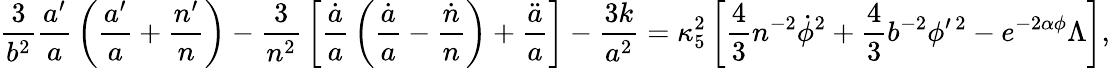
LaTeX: {\frac{3}{b^{2}}}{\frac{a^{\prime}}{a}}\left({\frac{a^{\prime}}{a}}+{\frac{n^{\prime}}{n}}\right)-{\frac{3}{n^{2}}}\left[{\frac{\dot{a}}{a}}\left({\frac{\dot{a}}{a}}-{\frac{\dot{n}}{n}}\right)+{\frac{\ddot{a}}{a}}\right]-{\frac{3k}{a^{2}}}=\kappa_{5}^{2}\left[{\frac{4}{3}}n^{-2}\dot{\phi}^{2}+{\frac{4}{3}}b^{-2}\phi^{\prime\, 2}-e^{-2\alpha\phi}\Lambda\right],